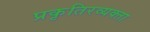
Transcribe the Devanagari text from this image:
प्रकृतिरव्यक्ता